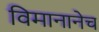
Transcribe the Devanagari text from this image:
विमानानेच